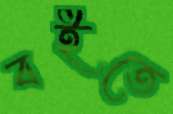
বইতে